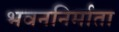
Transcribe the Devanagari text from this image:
भवननिर्माता